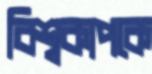
বিশ্বকাপকে